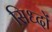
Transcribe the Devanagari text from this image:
सिध्दों